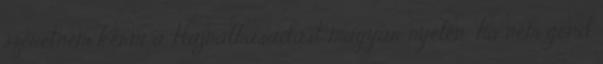
szeretném kérni a Hajnalhasadást magyar nyelen: ha nem gond